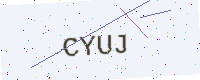
Text: CYUJ